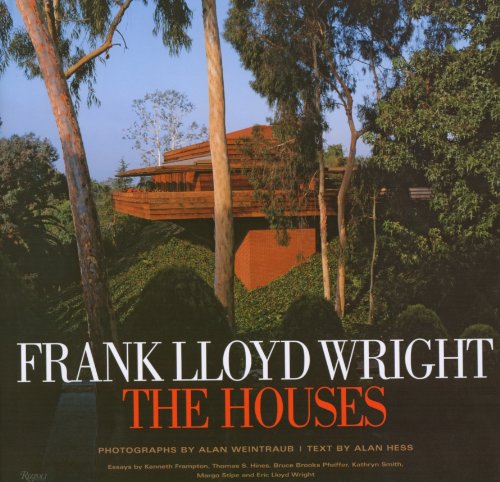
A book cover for Frank Lloyd Wright The Houses; Alan Hess; Engineering & Transportation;